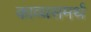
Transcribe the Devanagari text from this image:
काव्यसमर्थ